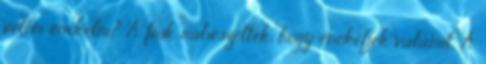
velem énekelni? A fiúk rábeszéltek, hogy énekeljek valamit. A